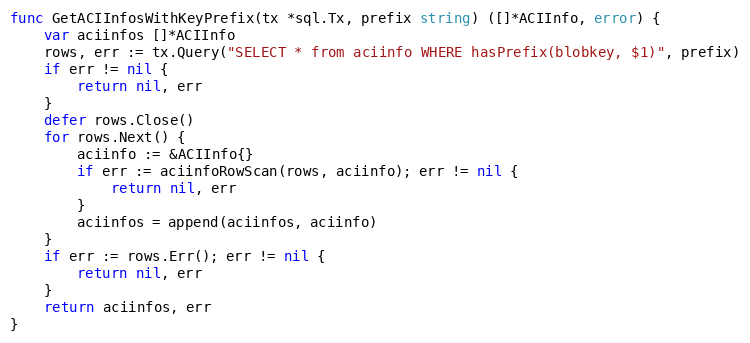
Language: Go
func GetACIInfosWithKeyPrefix(tx *sql.Tx, prefix string) ([]*ACIInfo, error) {
	var aciinfos []*ACIInfo
	rows, err := tx.Query("SELECT * from aciinfo WHERE hasPrefix(blobkey, $1)", prefix)
	if err != nil {
		return nil, err
	}
	defer rows.Close()
	for rows.Next() {
		aciinfo := &ACIInfo{}
		if err := aciinfoRowScan(rows, aciinfo); err != nil {
			return nil, err
		}
		aciinfos = append(aciinfos, aciinfo)
	}
	if err := rows.Err(); err != nil {
		return nil, err
	}
	return aciinfos, err
}